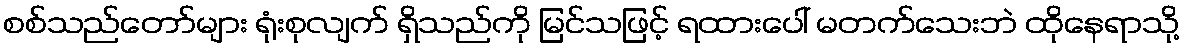
စစ်သည်တော်များ ရုံးစုလျက် ရှိသည်ကို မြင်သဖြင့် ရထားပေါ် မတက်သေးဘဲ ထိုနေရာသို့